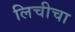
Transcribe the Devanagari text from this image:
लिचीचा